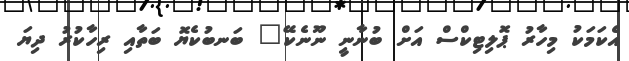
އެކަމަކު މިހާރު ޕޮލިޓިކްސް އަށް ބުނާނީ ނޫނެކޭ" ބަނބުކެޔޮ ބަތާއި ރިހާކުރު ދިޔަ